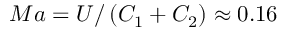
M a = U / \left( C _ { 1 } + C _ { 2 } \right) \approx 0 . 1 6